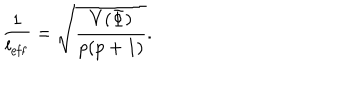
LaTeX: \frac { 1 } { l _ { \mathrm { e f f } } } = \sqrt { \frac { V ( \Phi ) } { p ( p + 1 ) } } .